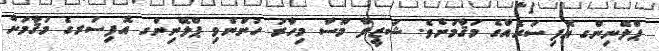
ޕްލޭނިންގ އޮފިސަރެއްގެ މަޤާމަށެވެ. ޝަޒީލާ މޫސާ މިހާރު ހުންނެވި ޕްލޭނިންގ އޮފިސަރގެ މަޤާމަށް